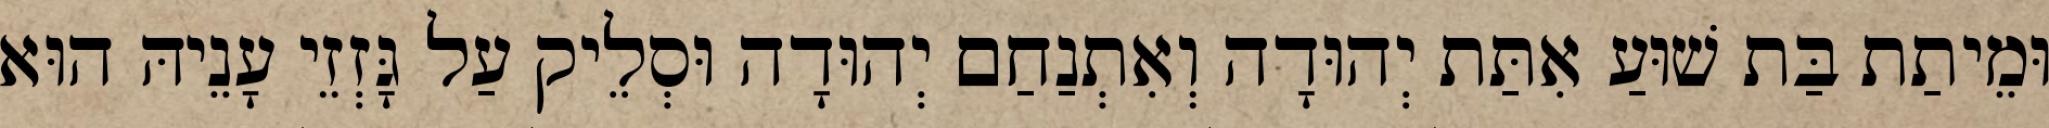
וּמֵיתַת בַּת שׁוּעַ אִתַּת יְהוּדָה וְאִתְנַחַם יְהוּדָה וּסְלֵיק עַל גָּזְזֵי עָנֵיהּ הוּא